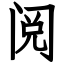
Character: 阅